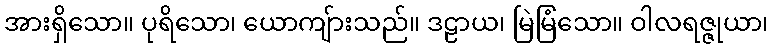
အားရှိသော။ ပုရိသော၊ ယောကျ်ားသည်။ ဒဠာယ၊ မြဲမြံသော။ ဝါလရဇ္ဇုယာ၊